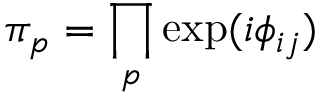
\pi _ { p } = \prod _ { p } \exp ( i \phi _ { i j } )